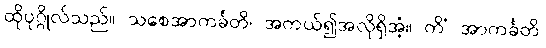
ထိုပုဂ္ဂိုလ်သည်။ သစေအာကင်္ခတိ၊ အကယ်၍အလိုရှိအံ့။ ကိံ အာကင်္ခတိ၊